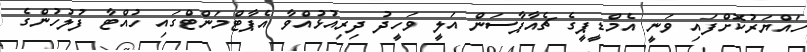
ހައްޔަރުކޮށްފައި ވަނީ އެމްޑީޕީގެ ޗެއާޕާސަން އަލީ ވަހީދު ދިރިއުޅުއްވާ އެޕާޓްމަންޓްގައި ހުއްޓާ ފުލުހުންގެ